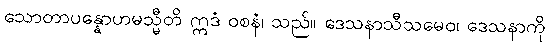
သောတာပန္နောဟမသ္မီတိ ဣဒံ ဝစနံ၊ သည်။ ဒေသနာသီသမေဝ၊ ဒေသနာကို